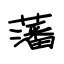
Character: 藩